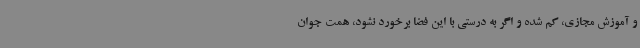
و آموزش مجازی، کم شده و اگر به درستی با این فضا برخورد نشود، همت جوان